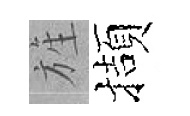
旌擷